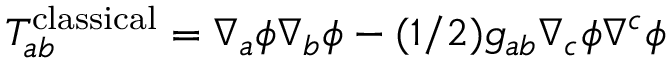
T _ { a b } ^ { \mathrm { c l a s s i c a l } } = \nabla _ { a } \phi \nabla _ { b } \phi - ( 1 / 2 ) g _ { a b } \nabla _ { c } \phi \nabla ^ { c } \phi